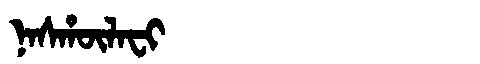
Manchu: ᠨᠠᠰᡥᡡᠯᠠᠸᡳ
Romanization: NASHŪLAFI